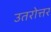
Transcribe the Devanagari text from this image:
उतरोत्तर